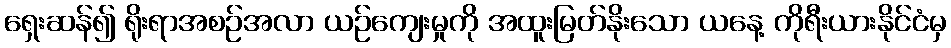
ရှေးဆန်၍ ရိုးရာအစဉ်အလာ ယဉ်ကျေးမှုကို အထူးမြတ်နိုးသော ယနေ့ ကိုရီးယားနိုင်ငံမှ